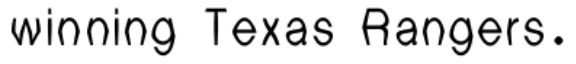
winning Texas Rangers.